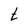
Character: t